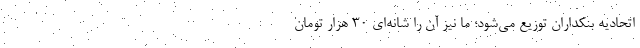
اتحادیه بنکداران توزیع می‌شود؛ ما نیز آن را شانه‌ای ۳۰ هزار تومان